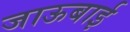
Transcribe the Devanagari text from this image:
जाऊबाई